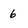
Character: 6